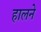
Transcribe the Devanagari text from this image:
हालने